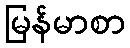
မြန်မာစာ